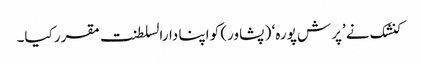
کنشک نے ’پرش پورہ‘ ( پشاور) کو اپنا دارالسلطنت مقرر کیا۔